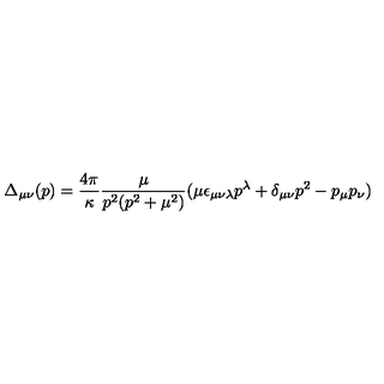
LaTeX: \Delta _ { \mu \nu } ( p ) = \frac { 4 \pi } { \kappa } \frac { \mu } { p ^ { 2 } ( p ^ { 2 } + \mu ^ { 2 } ) } ( \mu \epsilon _ { \mu \nu \lambda } p ^ { \lambda } + \delta _ { \mu \nu } p ^ { 2 } - p _ { \mu } p _ { \nu } )